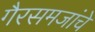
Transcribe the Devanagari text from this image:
गैरसमजांचे